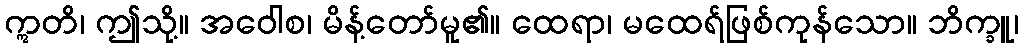
ဣတိ၊ ဤသို့။ အဝေါစ၊ မိန့်တော်မူ၏။ ထေရာ၊ မထေရ်ဖြစ်ကုန်သော။ ဘိက္ခူ၊